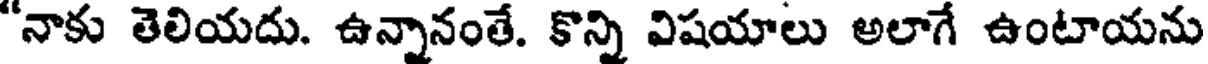
"నాకు తెలియదు. ఉన్నానంతే. కొన్ని విషయాలు అలాగే ఉంటాయను